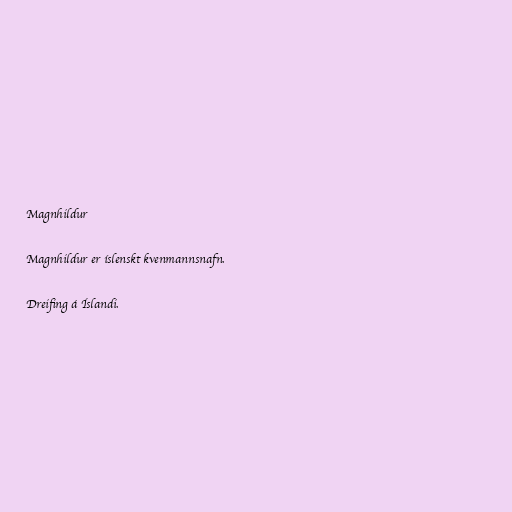
Magnhildur

Magnhildur er íslenskt kvenmannsnafn.

Dreifing á Íslandi.